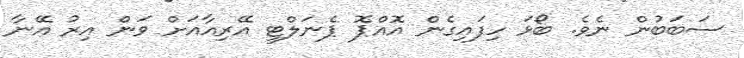
ސަބަބުން ނެވެ. ބޯޅަ ހިފައިގެން އޮއްޕޮ ޕެނަލްޓީ އޭރިއާއަށް ވަން އިރު އޭނާ